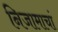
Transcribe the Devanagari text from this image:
निजामाचां